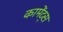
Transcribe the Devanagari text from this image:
कामेंट्स